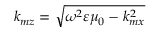
k _ { m z } = \sqrt { \omega ^ { 2 } \varepsilon \mu _ { 0 } - k _ { m x } ^ { 2 } }